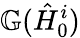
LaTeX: \mathbb{G}(\hat{H}_{0}^{i})